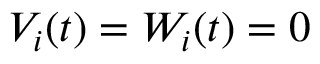
V _ { i } ( t ) = W _ { i } ( t ) = 0